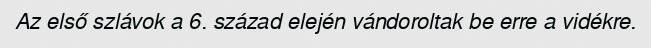
Az első szlávok a 6. század elején vándoroltak be erre a vidékre.